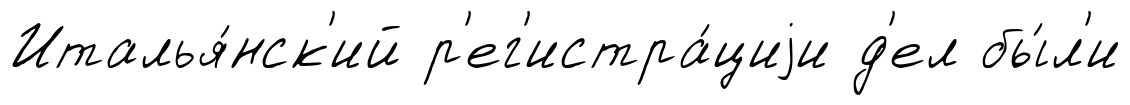
Италья́нск'ий р'ег'истра́циjи д'ел бы́л'и